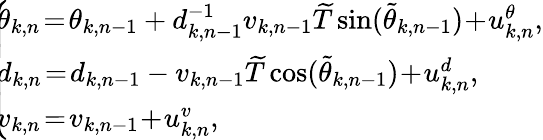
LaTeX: \begin{array}{r}{\! \! \! \left\{ \begin{array}{l}{\! \! \! {\theta_{k,n}}\! =\! {\theta_{k,n-1}}+d_{k,n-1}^{-1}{v_{k,n-1}}\widetilde T\sin({\tilde{\theta}_{k,n-1}})\! +\! u_{k,n}^{\theta},}\\ {\! \! \! {d_{k,n}}\! =\! {d_{k,n-1}}-{v_{k,n-1}}\widetilde T\cos({\tilde{\theta}_{k,n-1}})\! +\! u_{k,n}^{d},}\\ {\! \! \! {v_{k,n}}\! =\! {v_{k,n-1}}\! +\! u_{k,n}^{v},}\end{array}\right.}\end{array}